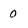
Character: 0